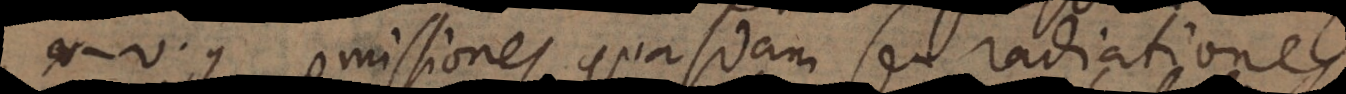
v.g. emissiones quasdam seu radiationes